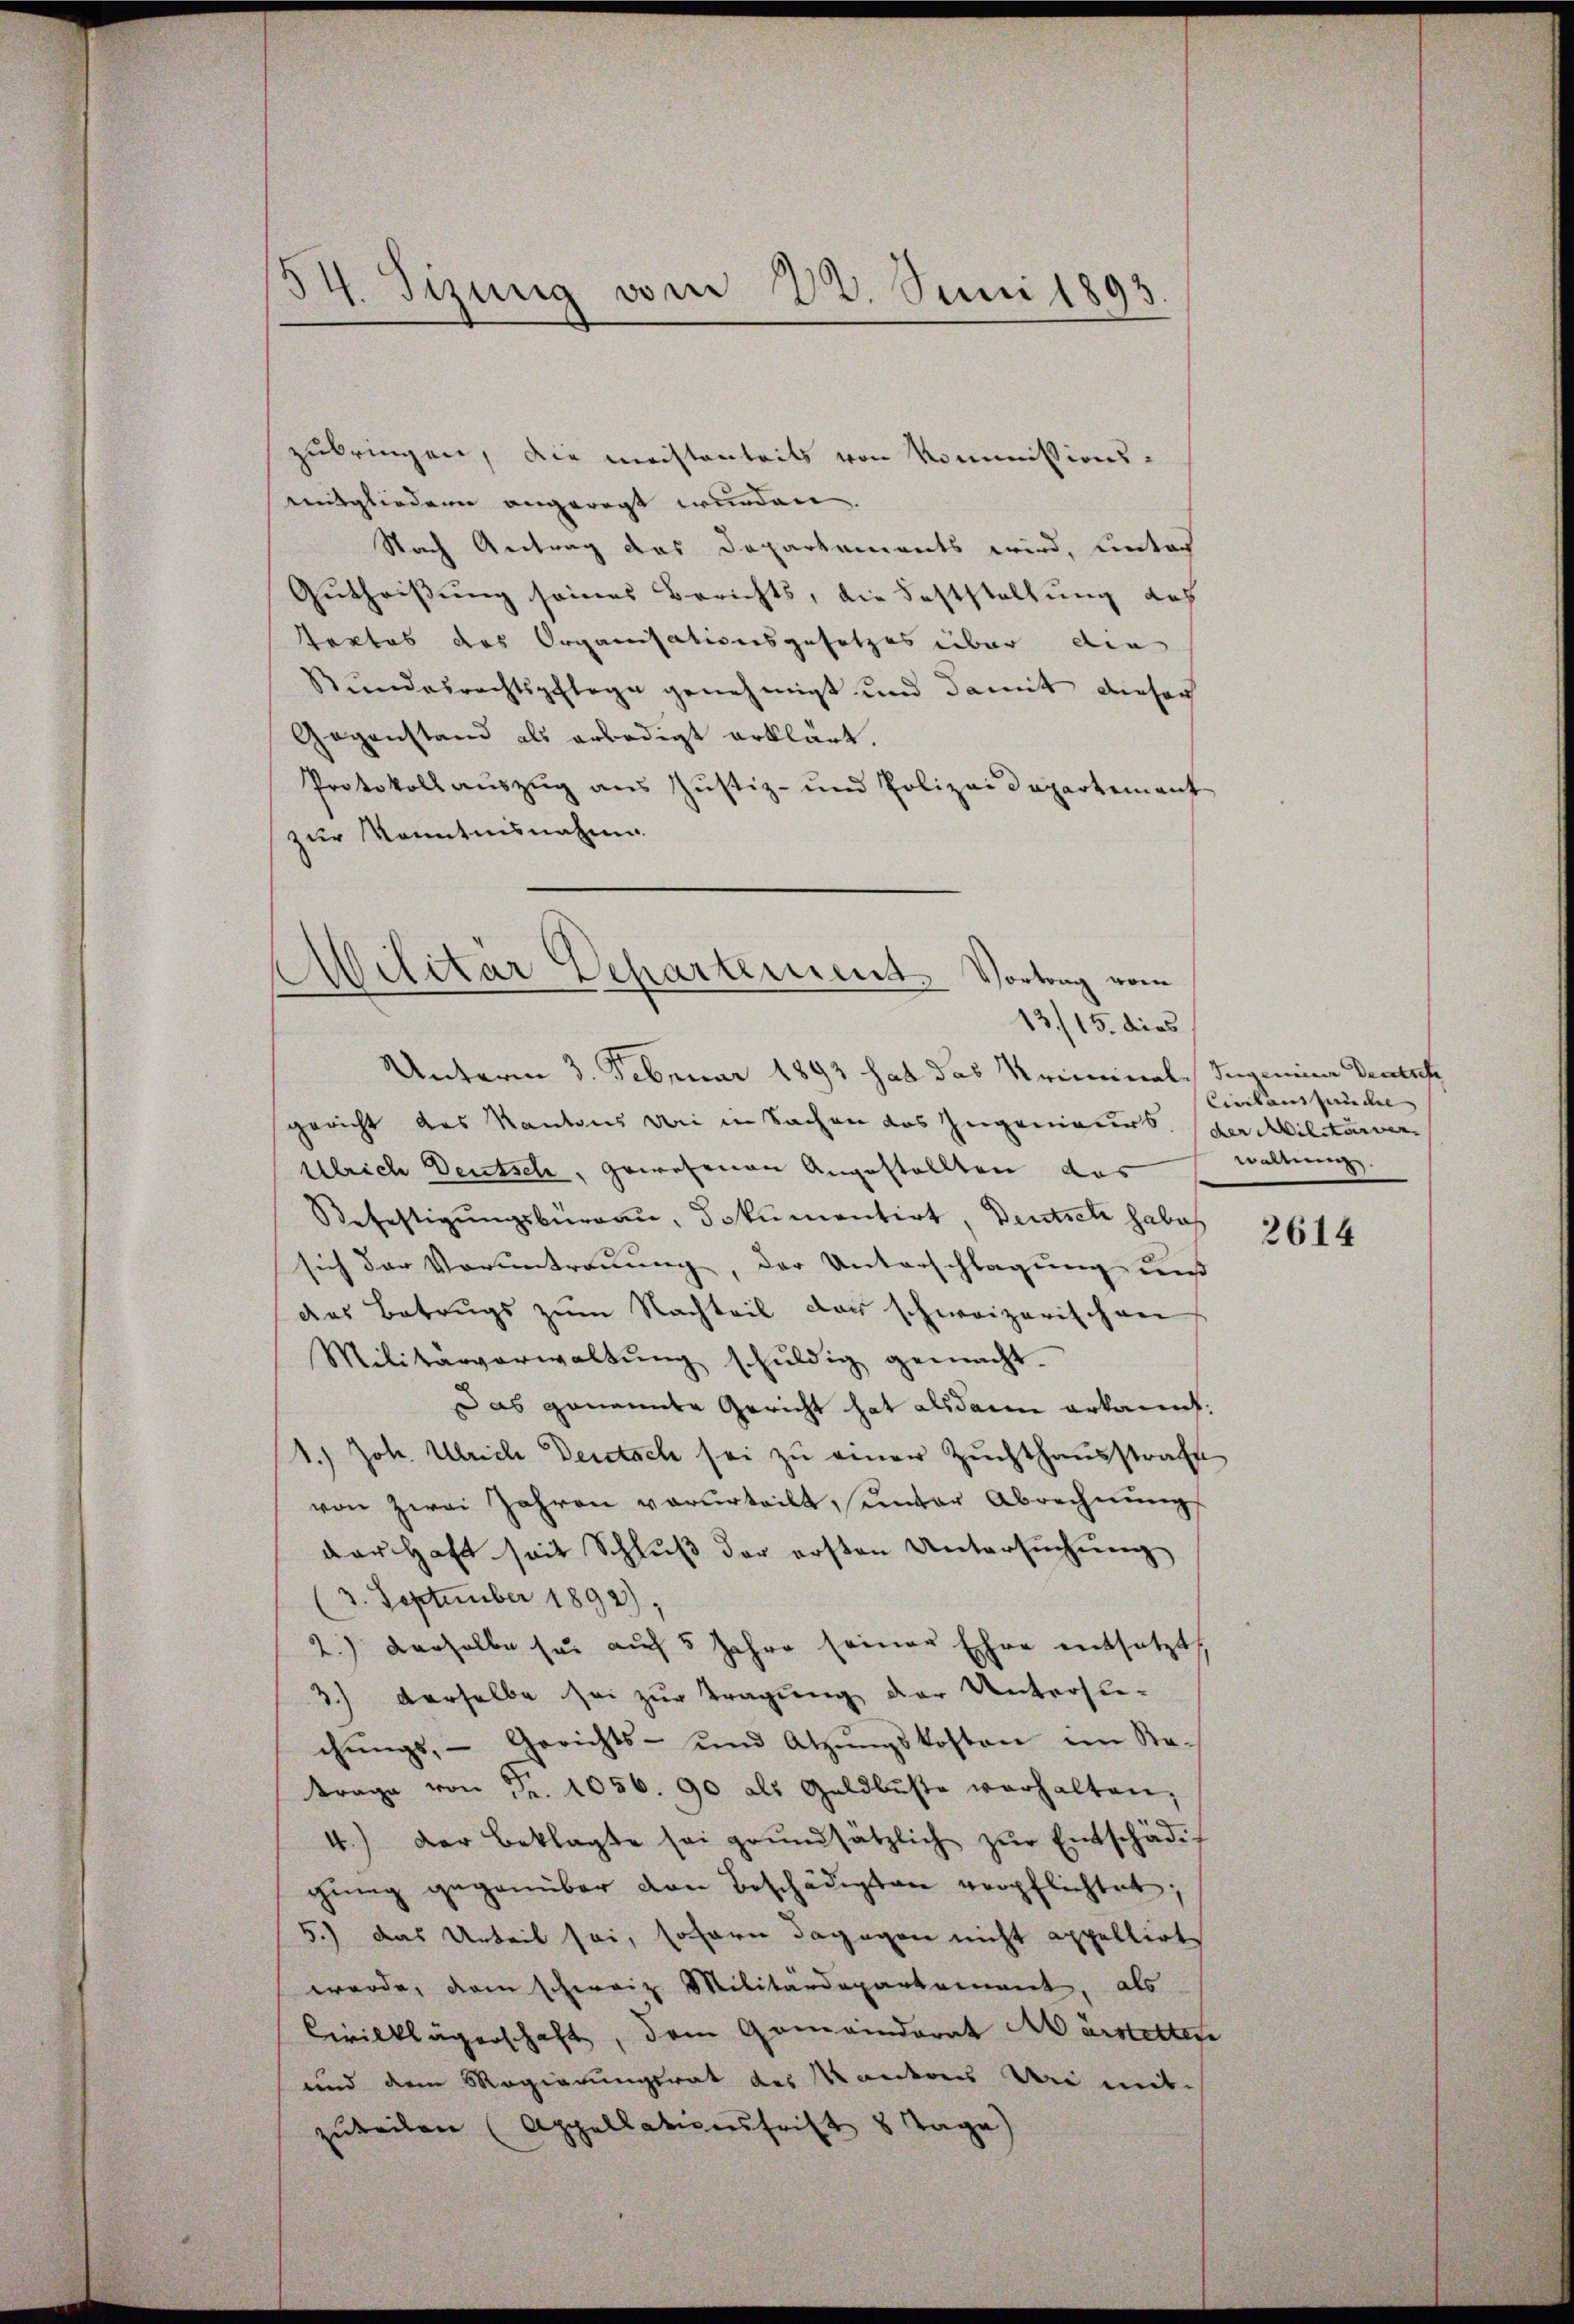
34. Tizung vom 28. Juni 1893

zubringen, die meistenteils von Kommissionsmitgliedern angeregt wurden.
Nach Antrag das Departements wird, unter
Gutheissung seines Berichts, die Feststellung des
Tortes des Organisationsgesetzes über die
Rŭndesrechtspflege genehmigt und damit dieser
Gegenstand als erledigt erklärt.
Protokoll auszug aus Justiz- und Polizei Departement
zur Kenntnisnahme.
Unterm 3. Februar 1893 hat das Kriminal- Jugenieur Deutsch
gericht des Kantons bei in Sachen das Zugenieurs. der Militärver
Ulrich Deutsch, gewesenen Angestellten das
Befestigungsbüreau, Dokumentirt, Deutsch habe
sich der Voruntreuung, der Unterschlagung uns
das Betrugs zum Nachteil der schweizerischen
Militärverwaltŭng schuldig gemacht.
Das genannte Gericht hat alsdann erkannt:
1.) Joh. Ulriche Deutsch sei zu einer Zuchthausstrafe
von zwei Jahren verurteilt, unter Abrechnung
der Haft seit Schluß der ersten Untersuchung
3. September 1892,
2.) Derselbe sei auf 5 Jahre seiner Ehre entsetzt
3) derselbe sei zur Tragung der Untersuchŭngs, Gerichts- und Atzŭngskosten im Sta-
trage von Fr. 1056. 90 als Geldbuste verhalten,
4.) Der Beklagte sei grŭndsätzlich zŭr Entschädig
ging gegenüber den Beschädigten verpflichtet;
5.) Das Urteil sei, sofern dagegen nicht appellirt
werde, dem schweiz Militärdepartement, als
Civilklägerschaft, dem Gemeinderat Märstettere
und dem Magierungsrat des Kantons Uri mitzuteilen (Appellationsfrist 8 Tage

ilitar Departement. Vortrag vom
13./15. dies

Cinkonstandel
waltung.

2614